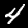
Digit: 4